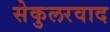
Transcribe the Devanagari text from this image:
सेकुलरवाद